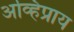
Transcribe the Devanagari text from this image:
अव्हिप्राय